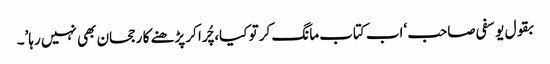
بقول یوسفی صاحب ‘اب کتاب مانگ کر تو کیا، چُرا کر پڑھنے کا رجحان بھی نہیں رہا’۔